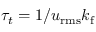
\tau _ { t } = 1 / u _ { \mathrm { r m s } } k _ { \mathrm { f } }